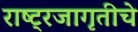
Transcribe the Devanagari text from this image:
राष्ट्रजागृतीचे